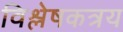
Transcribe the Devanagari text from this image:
विश्लेषकत्रय